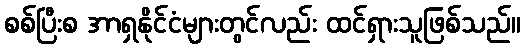
စစ်ပြီးစ အာရှနိုင်ငံများတွင်လည်း ထင်ရှားသူဖြစ်သည်။